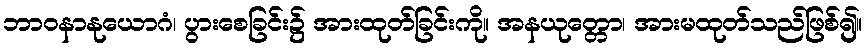
ဘာဝနာနုယောဂံ၊ ပွားစေခြင်း၌ အားထုတ်ခြင်းကို။ အနယုတ္တော၊ အားမထုတ်သည်ဖြစ်၍။